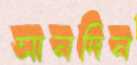
সানদিন